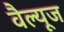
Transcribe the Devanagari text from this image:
वैल्यूज